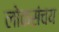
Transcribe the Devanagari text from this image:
लोकसंचय